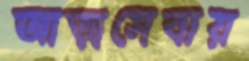
আত্মসেবায়